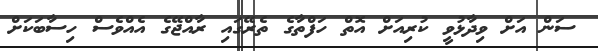
ސަން އަށް ވިދާޅުވީ ކުރިއަށް އޮތް ހަފްތާގެ ތެރޭގައި ރާއްޖޭގެ އެއްވެސް ހިސާބަކަށް